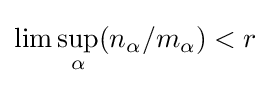
\lim \sup _{\alpha }(n_{\alpha }/m_{\alpha })<r